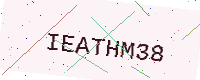
Text: IEATHM38